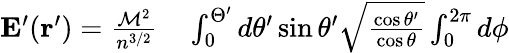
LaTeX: \begin{array}{rl}{\mathbf{E}^{\prime}(\mathbf{r}^{\prime})=\frac{\mathcal{M}^{2}}{n^{3/2}}}&{{}\int_{0}^{\Theta^{\prime}}d\theta^{\prime}\sin\theta^{\prime}\sqrt{\frac{\cos\theta^{\prime}}{\cos\theta}}\int_{0}^{2\pi}d\phi}\end{array}